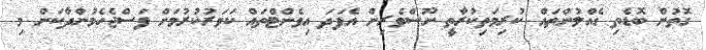
ގޮތުން ބޮޑެތި ގެއްލުންތައް ކުރިމަތިކުރާތީ ނޫސްވެރިން އެފަދަ އިވެންޓްތައް ކަވަރުކުރުމަށް ފަސްޖެހެމުންދާކަން މި